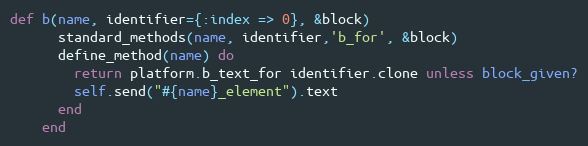
Language: Ruby
def b(name, identifier={:index => 0}, &block)
      standard_methods(name, identifier,'b_for', &block)
      define_method(name) do
        return platform.b_text_for identifier.clone unless block_given?
        self.send("#{name}_element").text
      end
    end